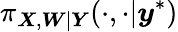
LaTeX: \pi_{\boldsymbol{X},\boldsymbol{W}|\boldsymbol{Y}}(\cdot,\cdot|\boldsymbol{y}^{*})